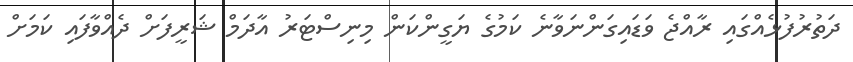
ދަތުރުފުޅެއްގައި ރާއްޖެ ވަޑައިގަންނަވާނެ ކަމުގެ ޔަގީންކަން މިނިސްޓަރު އާދަމް ޝަރީފަށް ދެއްވާފައި ކަމަށް